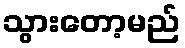
သွားတော့မည်